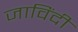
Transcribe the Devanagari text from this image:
जाविंदी